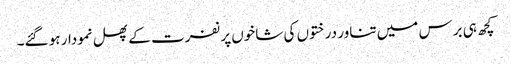
کچھ ہی برس میں تناور درختوں کی شاخوں پر نفرت کے پھل نمودار ہو گئے۔